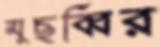
মুছব্বির